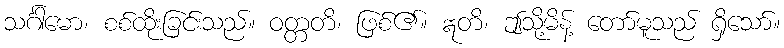
သင်္ဂါမော၊ စစ်ထိုးခြင်းသည်။ ဝတ္တတိ၊ ဖြစ်၏။ ဣတိ၊ ဤသို့မိန့် တော်မူသည် ရှိသော်။